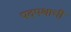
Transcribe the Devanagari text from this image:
पदपथाची